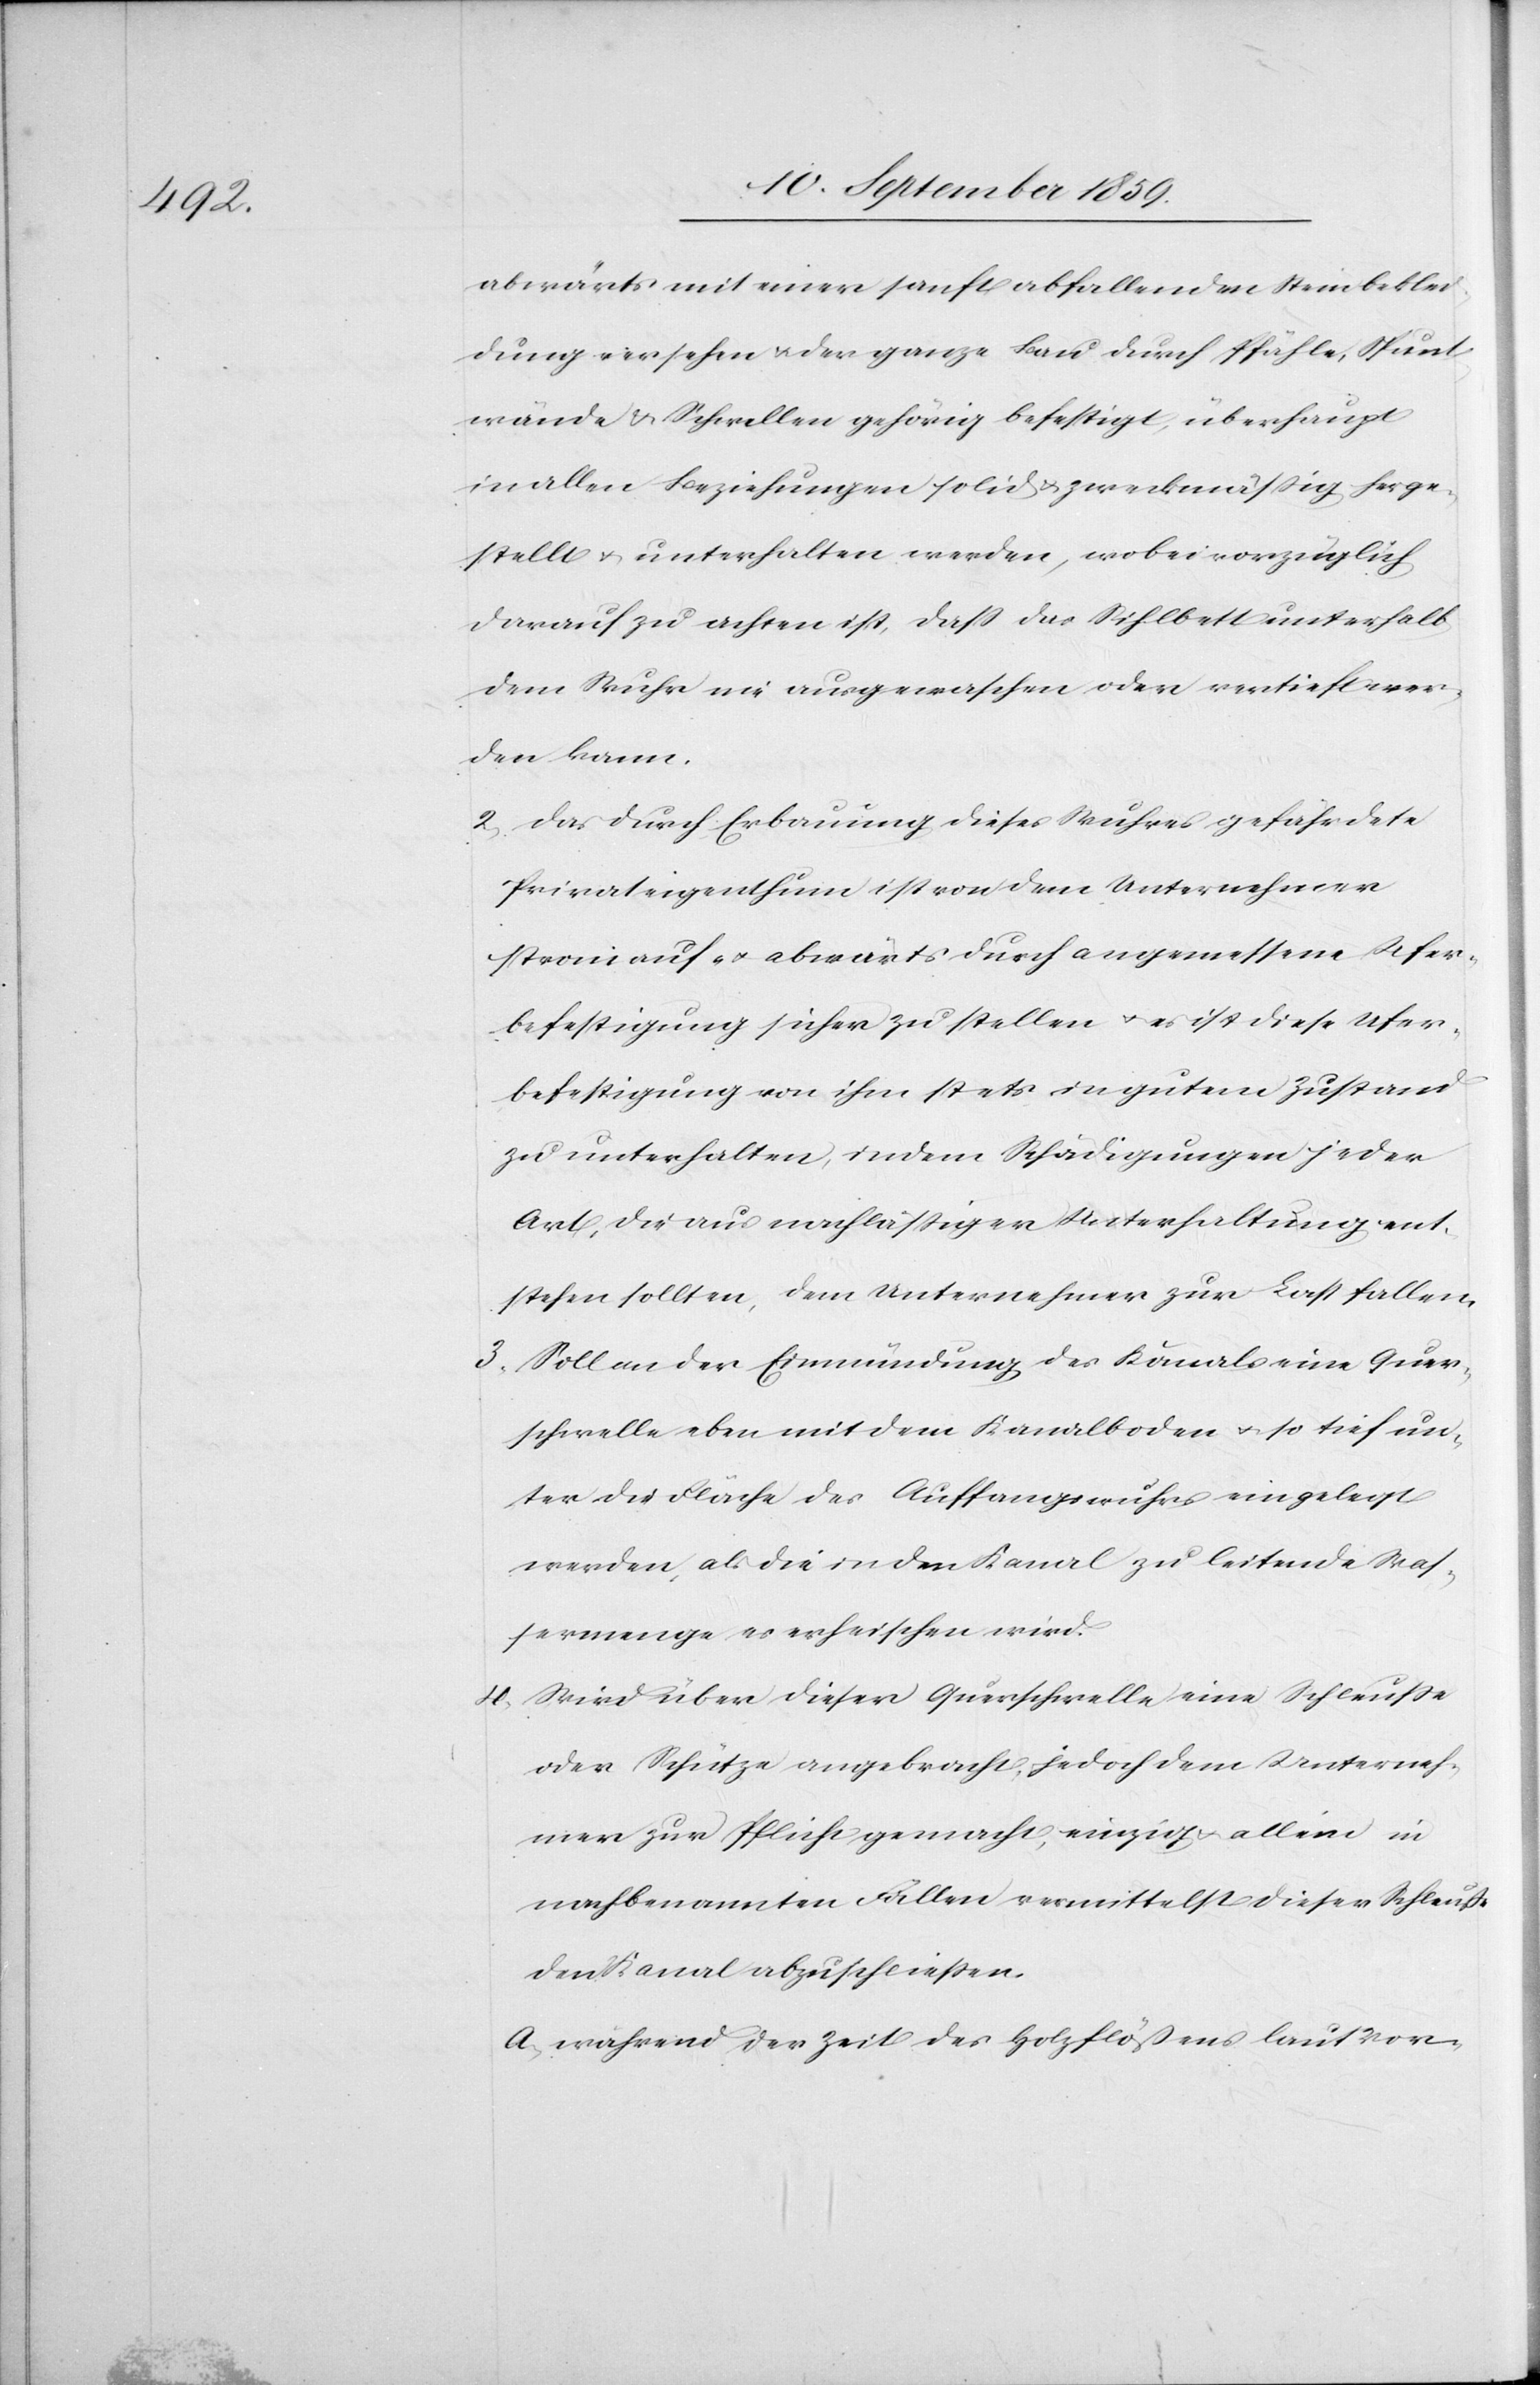
abwärts mit einer sanft abfallenden Steinbeklei¬
dung versehen & der ganze Bau durch Pfähle, Spunt¬
wände & Schwellen gehörig befestigt, überhaupt
in allen Beziehungen solid & zweckmäßig herge¬
stellt & unterhalten werden, wobei vorzüglich
darauf zu achten ist, daß das Sihlbett unterhalb
dem Wuhr nie ausgewaschen oder vertieft wer¬
den kann.
2. Das durch Erbauung dieses Wuhres gefährdete
Privateigenthum ist von dem Unternehmer
stromauf- & abwärts durch angemessene Ufer¬
befestigung sicher zu stellen & es ist diese Ufer¬
befestigung von ihm stets in gutem Zustand
zu unterhalten, indem Schädigungen jeder
Art, die aus nachläßiger Unterhaltung ent¬
stehen sollten, dem Unternehmer zur Last fallen.
3. Soll an der Einmündung des Kanals eine Quer¬
schwelle eben mit dem Kanalboden & so tief un¬
ter die Fläche des Auffangswuhrs eingelegt
werden, als die in den Kanal zu leitende Was¬
sermenge es erheischen wird.
4. Wird über dieser Querschwelle eine Schleuße
oder Schütze angebracht, jedoch dem Unterneh¬
mer zur Pflicht gemacht, einzig & allein in
nachbenannten Fällen vermittelst dieser Schleuße
den Kanal abzuschließen.
a. während der Zeit des Holzflößens laut Vor-